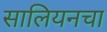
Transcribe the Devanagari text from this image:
सालियनचा